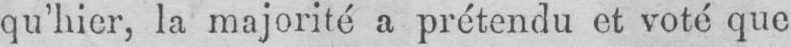
qu’hier, la majorité a prétendu et voté que